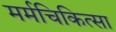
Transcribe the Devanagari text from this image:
मर्मचिकित्सा